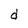
Character: d